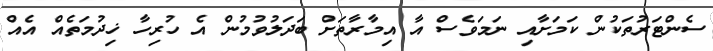
ސެންޓަރުތަކުން ކަމަށާއި ނަމަވެސް އާ އިމާރާތަށް ބަދަލުވުމުން އެ ހުރިހާ ޚިދުމަތެއް އެއް